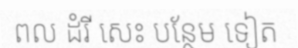
ពល ដំរី សេះ បន្ថែម ទៀត